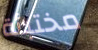
مختبئة